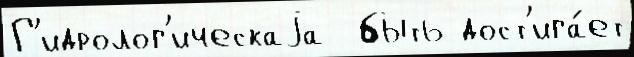
Г'идролог'ическаjа  быть дост'ига́ет